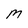
Character: M